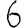
Digit: 6